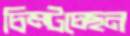
চিম্‌টচ্ছেন